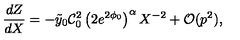
\frac { d Z } { d X } = - \tilde { y } _ { 0 } \mathcal { C } _ { 0 } ^ { 2 } \left( 2 e ^ { 2 \phi _ { 0 } } \right) ^ { \alpha } X ^ { - 2 } + \mathcal { O } ( p ^ { 2 } ) ,